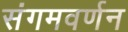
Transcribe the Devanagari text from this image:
संगमवर्णन